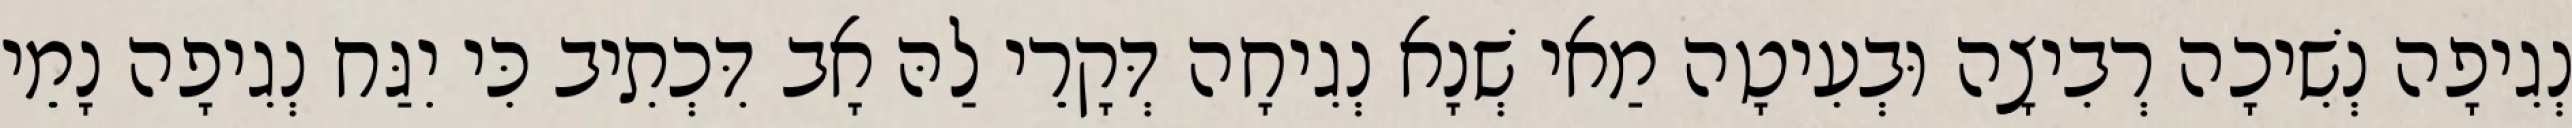
נְגִיפָה נְשִׁיכָה רְבִיצָה וּבְעִיטָה מַאי שְׁנָא נְגִיחָה דְּקָרֵי לַהּ אָב דִּכְתִיב כִּי יִגַּח נְגִיפָה נָמֵי